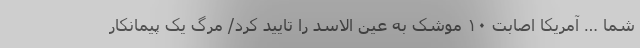
شما … آمریکا اصابت ۱۰ موشک به عین الاسد را تایید کرد/ مرگ یک پیمانکار